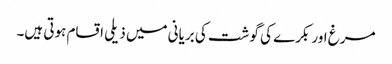
مرغ اور بکرے کی گوشت کی بریانی میں ذیلی اقسام ہوتی ہیں۔